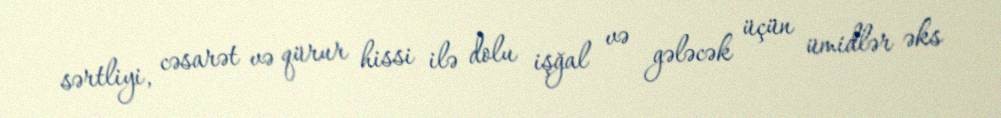
sərtliyi, cəsarət və qürur hissi ilə dolu işğal və gələcək üçün ümidlər əks